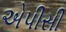
એપીસી